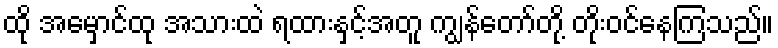
ထို အမှောင်ထု အသားထဲ ရထားနှင့်အတူ ကျွန်တော်တို့ တိုးဝင်နေကြသည်။